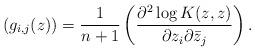
LaTeX: \begin{align*}(g_{i,j}(z))= \frac {1}{n+1} \left(\frac {\partial^2 \log K(z,z)}{\partial z_i \partial \bar{z}_j}\right).\end{align*}